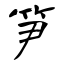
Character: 笋